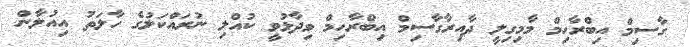
ގާސިމް އިބްރާހިމް މާމިގިލީ ދާއިރާގާސިމް އިބްރާހިމް ވިދާޅުވީ ކުއްލި ނުރައްކަލުގެ ހާލަތު އިއުލާން